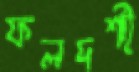
ফলদর্শী